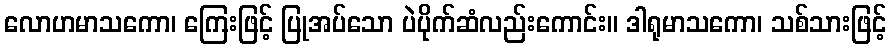
လောဟမာသကော၊ ကြေးဖြင့် ပြုအပ်သော ပဲပိုက်ဆံလည်းကောင်း။ ဒါရုမာသကော၊ သစ်သားဖြင့်